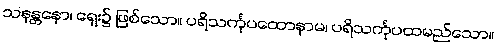
သနန္တနော၊ ရှေး၌ ဖြစ်သော။ ပရိသင်္ကုပထောနာမ၊ ပရိသင်္ကုပထမည်သော။